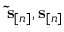
\ensuremath { \mathbf { \tilde { s } } } _ { [ n ] } , { \mathbf s } _ { [ n ] }